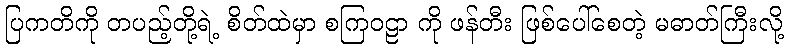
ပြကတိကို တပည့်တို့ရဲ့ စိတ်ထဲမှာ စကြဝဠာ ကို ဖန်တီး ဖြစ်ပေါ်စေတဲ့ မဓာတ်ကြီးလို့